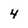
Character: 4